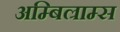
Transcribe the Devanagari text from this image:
अम्बिल्राम्स